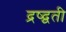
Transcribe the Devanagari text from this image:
द्रष्द्वती